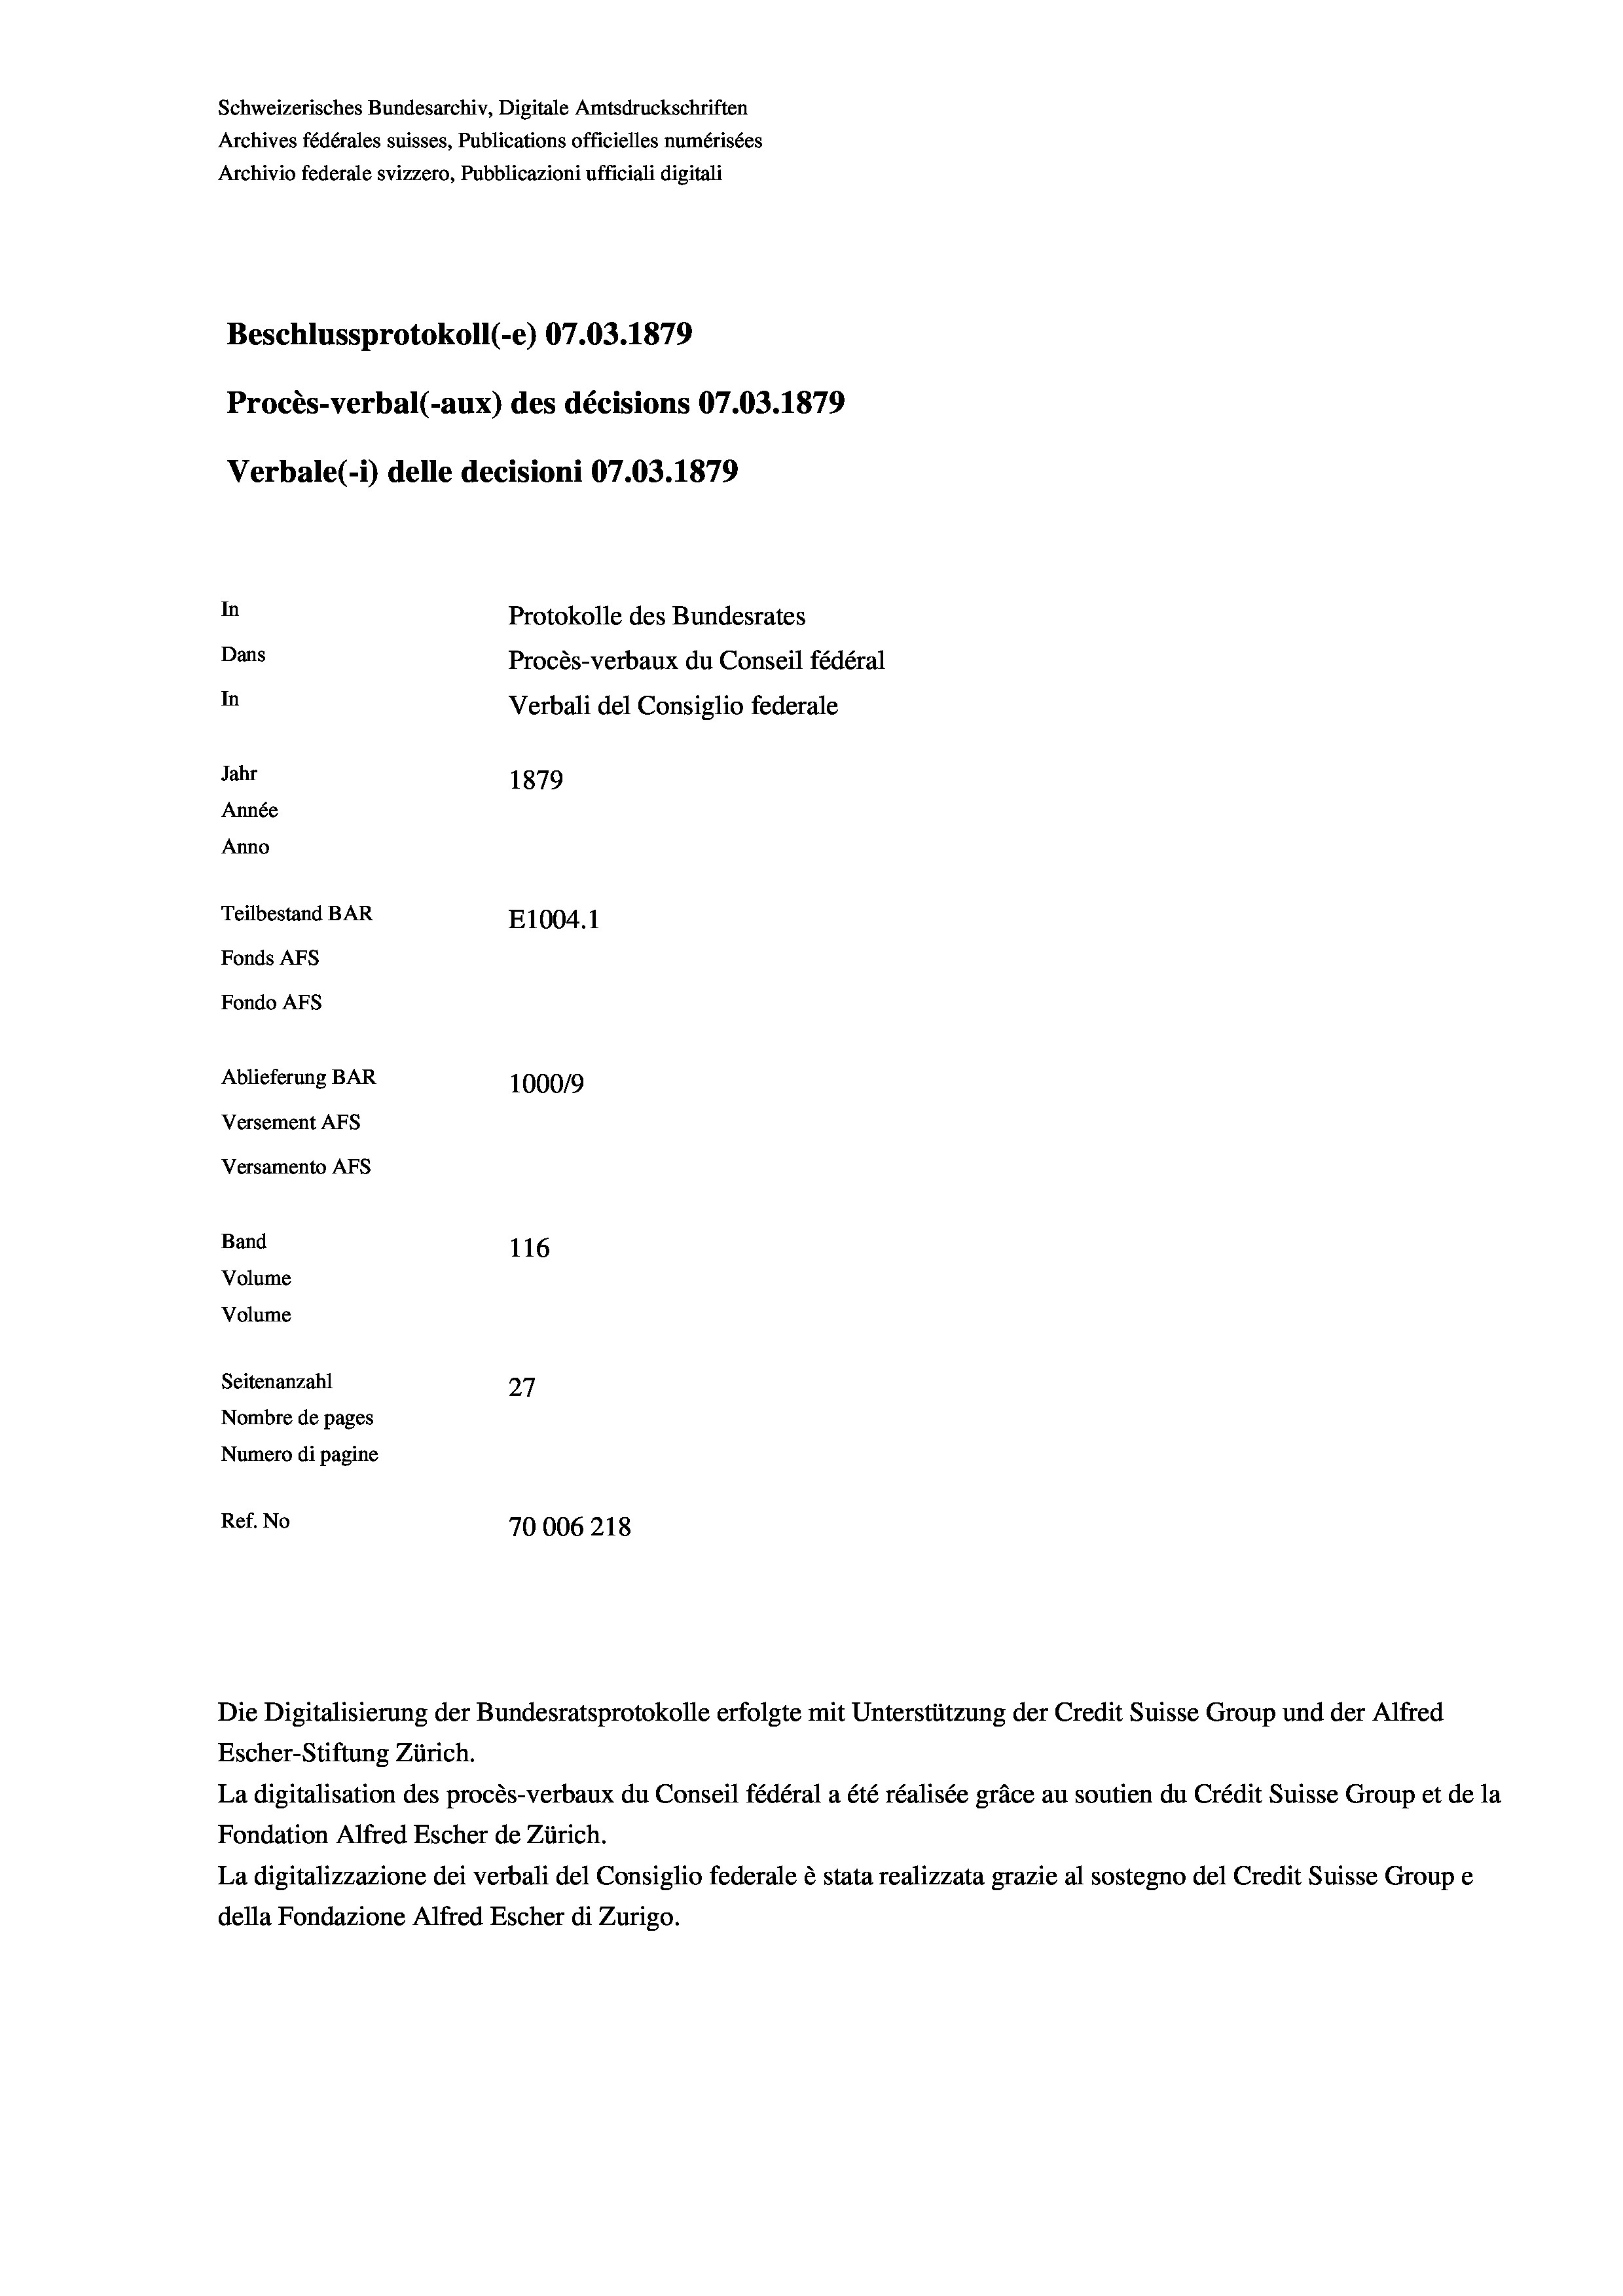
Schweizerisches Bundesarchiv, Digitale Amtsdruckschriften
Archives fédérales suisses, Publications officielles numérisées
Archivio federale svizzero, Pubblicazioni ufficiali digitali
Beschlussprotokoll (-e) 07.03. 1879
Procès-verbal (-aux) des décisions 07.03. 1879
Verbale (1) delle decisioni 07.03. 1879
In
Protokolle des Bundesrates
Dans
In
Jahr
1879
Année
Anno
Teilbestand BAR
E1004. 1
Fonds AFs
Fondo AFs
Ablieferung BAR
1000/9
Versement Abs
Versamento AFs
Band
116
Volume
Volume
Seitenanzahl

27
Nombre de pages
Numero di pagine
Ref. No
70006218

Procès-verbaux du Conseil fédéral
Verbali del Consiglio federale

Die Digitalisierung der Bundesratsprotokolle erfolgte mit Unterstützung der Credit Suisse Group und der Alfred
Escher-Stiftung Zürich.
La digitalisation des procès-verbaux du Conseil fédéral a été réalisée gräce au soutien du Crédit Suisse Group et de la
Fondation Alfred Escher de Zürich.
La digitalizzazione dei verbali del Consiglio federale è stata realizzata grazie al sostegno del Credit Suisse Groupe
della Fondazione Alfred Escher di Zurigo.